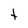
Character: t